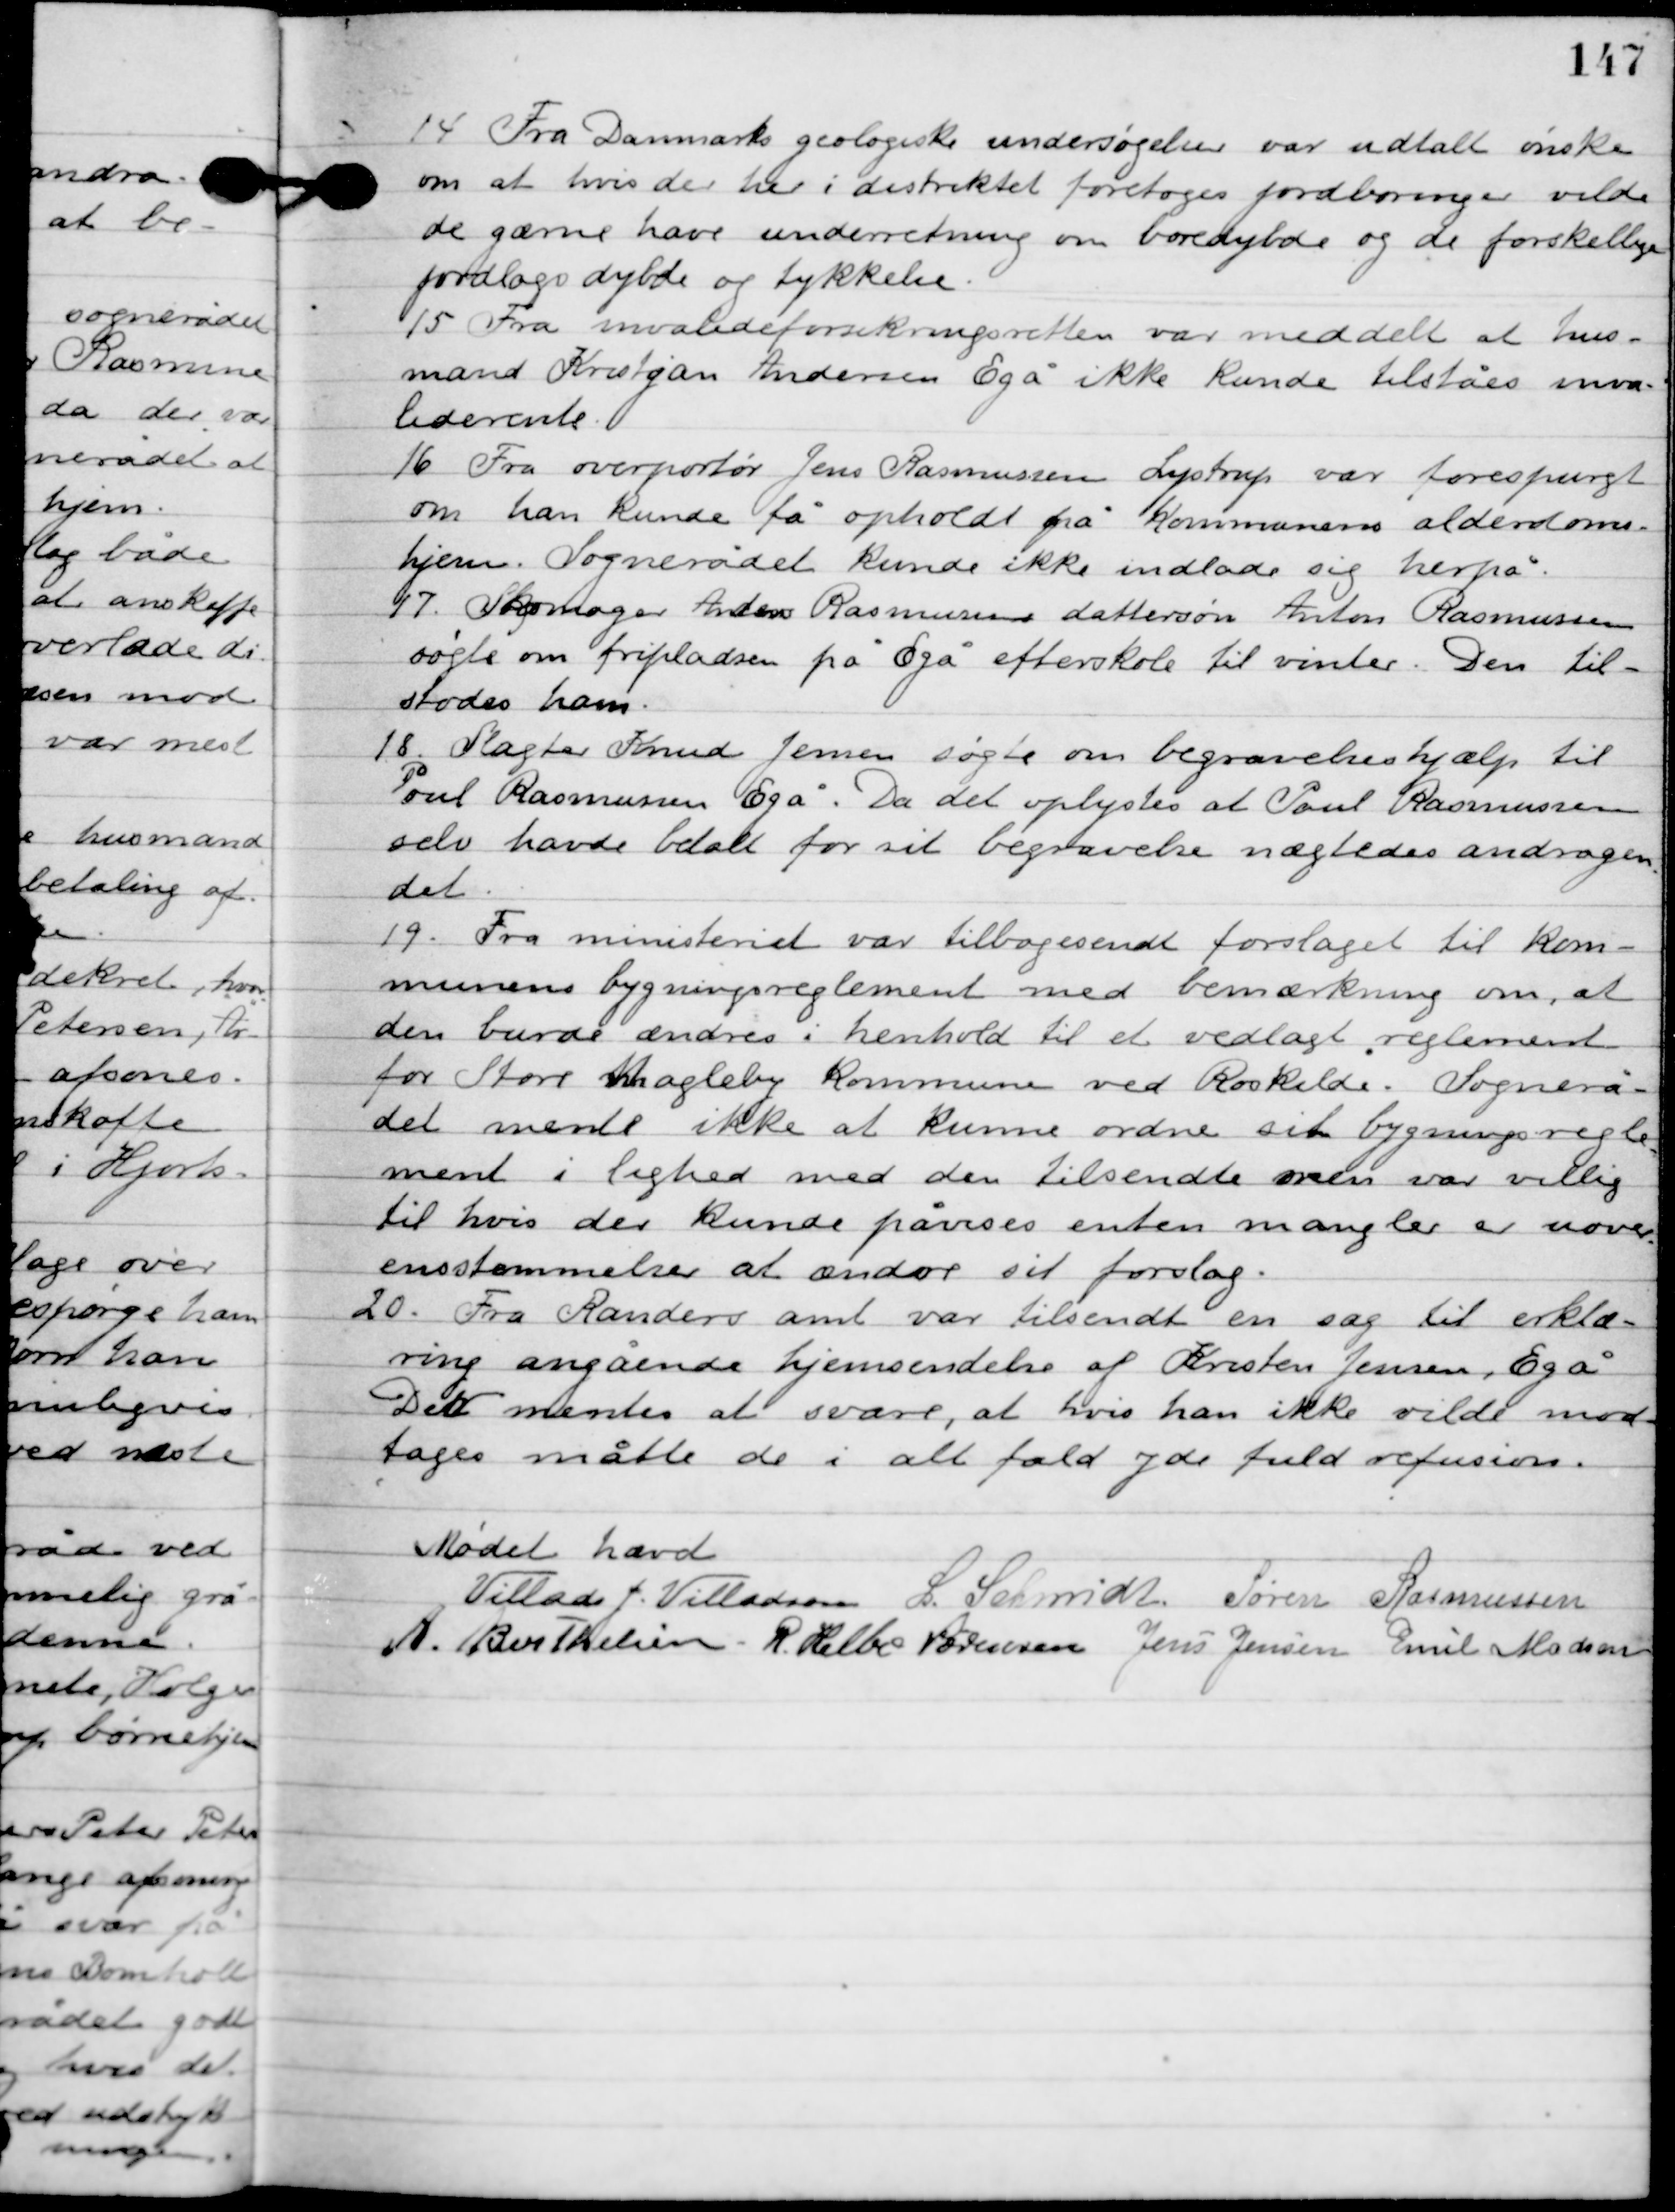
Transskription:
14

Fra Danmarks geologiske undersøgelser var udtalt ønske
om at hvis de her i distriktet foretoges jordboringer vilde
de gævne have underretning om borerdybde og de forskellige
jordlags dybde og tykkelse.

15

Fra invalideforsikringsretten var meddelt at hus-
mand Kristjan Andersen Egå ikke kunde tilståes invalide
rente.

16

Fra overportør Jens Rasmussen Lystrup var forespurgt
om han kunde få opholdt på kommunens alderdoms-
hjem. Sognerådet kunde ikke indlade sig herpå.

17

Skomager Anders Rasmussens dattersøn Anton Rasmussen
søgte om fripladsen på Egå efterskole til vinter. Den til-
stodes ham.

18

Slagter Knud Jensen søgte om begravelse hjælp til
Poul Rasmussen Egå. Da det oplystes at Poul Rasmussen
selv havdebetalt for sit begravelse nægtedes andragen-
det.

19

Fra ministeriet var tilbagesendt forslaget til kom-
munens bygningsreglement med bemærkning om, at
den burde ændres i henhold til et vedlagt reglement
for Store Magleby Kommune ved Roskilde. Sognerå-
det mente ikke at kunne ordne sit bygningsregle-
ment i lighed med den tilsendte men var villig
til hvis der kunde påvises enten mangler en uover-
ensstemmelse at ændre sit forslag.

20

Fra Randers amt var tilsendt en sag til erklæ-
ring angående hjemsendelse af Kristen Jensen, Egå
det mentes at svare, at hvis han ikke vilde mod-
tages måtte de i alt fald yde fuld refusion.

Mødet hævet.

Villads J. Villadsen
I. Schmidt
Søren Rasmussen
A. Berthelsen
R. Helbo Sørensen
Jens Jensen
Emil Madsen